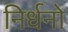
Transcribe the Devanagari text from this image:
निर्धनो